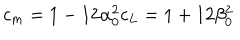
c _ { m } = 1 - 1 2 \alpha _ { 0 } ^ { 2 } c _ { L } = 1 + 1 2 \beta _ { 0 } ^ { 2 }